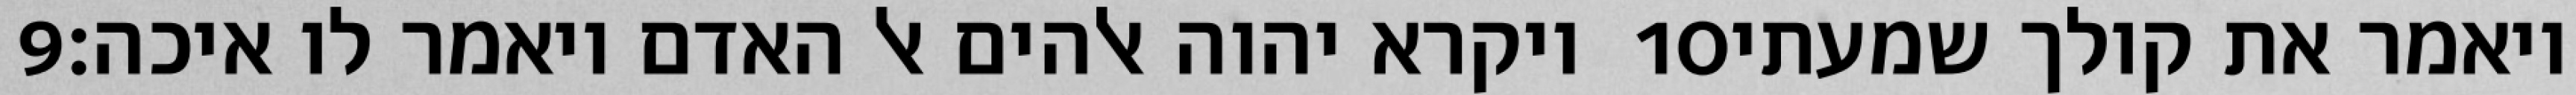
‎9‏ ויקרא יהוה אלהים אל האדם ויאמר לו איכה׃ ‎10‏ ויאמר את קולך שמעתי